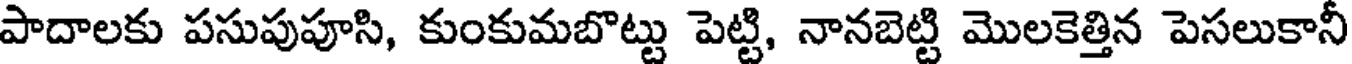
పాదాలకు పసుపుపూసి, కుంకుమబొట్టు పెట్టి, నానబెట్టి మొలకెత్తిన పెసలుకానీ